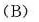
(B)